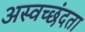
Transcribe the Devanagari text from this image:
अस्वच्छंदता